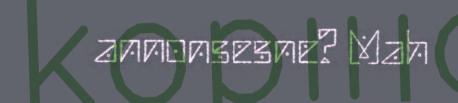
annonsesne? Mah